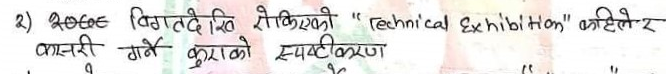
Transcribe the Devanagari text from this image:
2) अढुब विगत्ने दि रोक्किएको "technical Exhibition" कहिले र जानकारी गर्ने कुराको स्पष्टीकरण